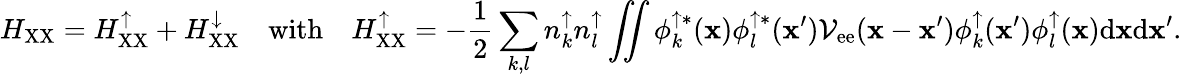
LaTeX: H_{\mathrm{XX}}=H_{\mathrm{XX}}^{\uparrow}+H_{\mathrm{XX}}^{\downarrow}\quad\mathrm{with}\quad H_{\mathrm{XX}}^{\uparrow}=-\frac{1}{2}\sum_{k,l}n_{k}^{\uparrow}n_{l}^{\uparrow}\iint\phi_{k}^{\uparrow*}({\mathbf x})\phi_{l}^{\uparrow*}({\mathbf x}^{\prime})\mathcal{V}_{\mathrm{ee}}({\mathbf x}-{\mathbf x}^{\prime})\phi_{k}^{\uparrow}({\mathbf x}^{\prime})\phi_{l}^{\uparrow}({\mathbf x})\mathrm{d}{\mathbf x}\mathrm{d}{\mathbf x}^{\prime}.